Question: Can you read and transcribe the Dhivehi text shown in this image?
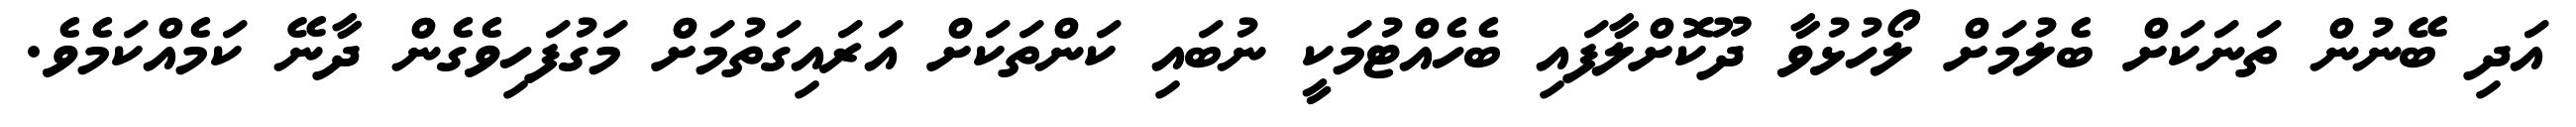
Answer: އަދި ބޭނުން ތަނަކަށް ބެލުމަށް ލޯހުޅުވާ ދޫކޮށްލާފައި ބެހެއްޓުމަކީ ނުބައި ކަންތަކަށް އަރައިގަތުމަށް މަގުފަހިވެގެން ދާނޭ ކަމެއްކަމެވެ.